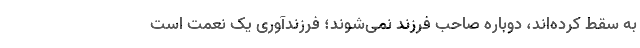
به سقط کرده‌‌اند، دوباره صاحب فرزند نمی‌‌شوند؛ فرزندآوری یک نعمت است